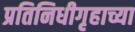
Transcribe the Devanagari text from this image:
प्रतिनिधीगृहाच्या